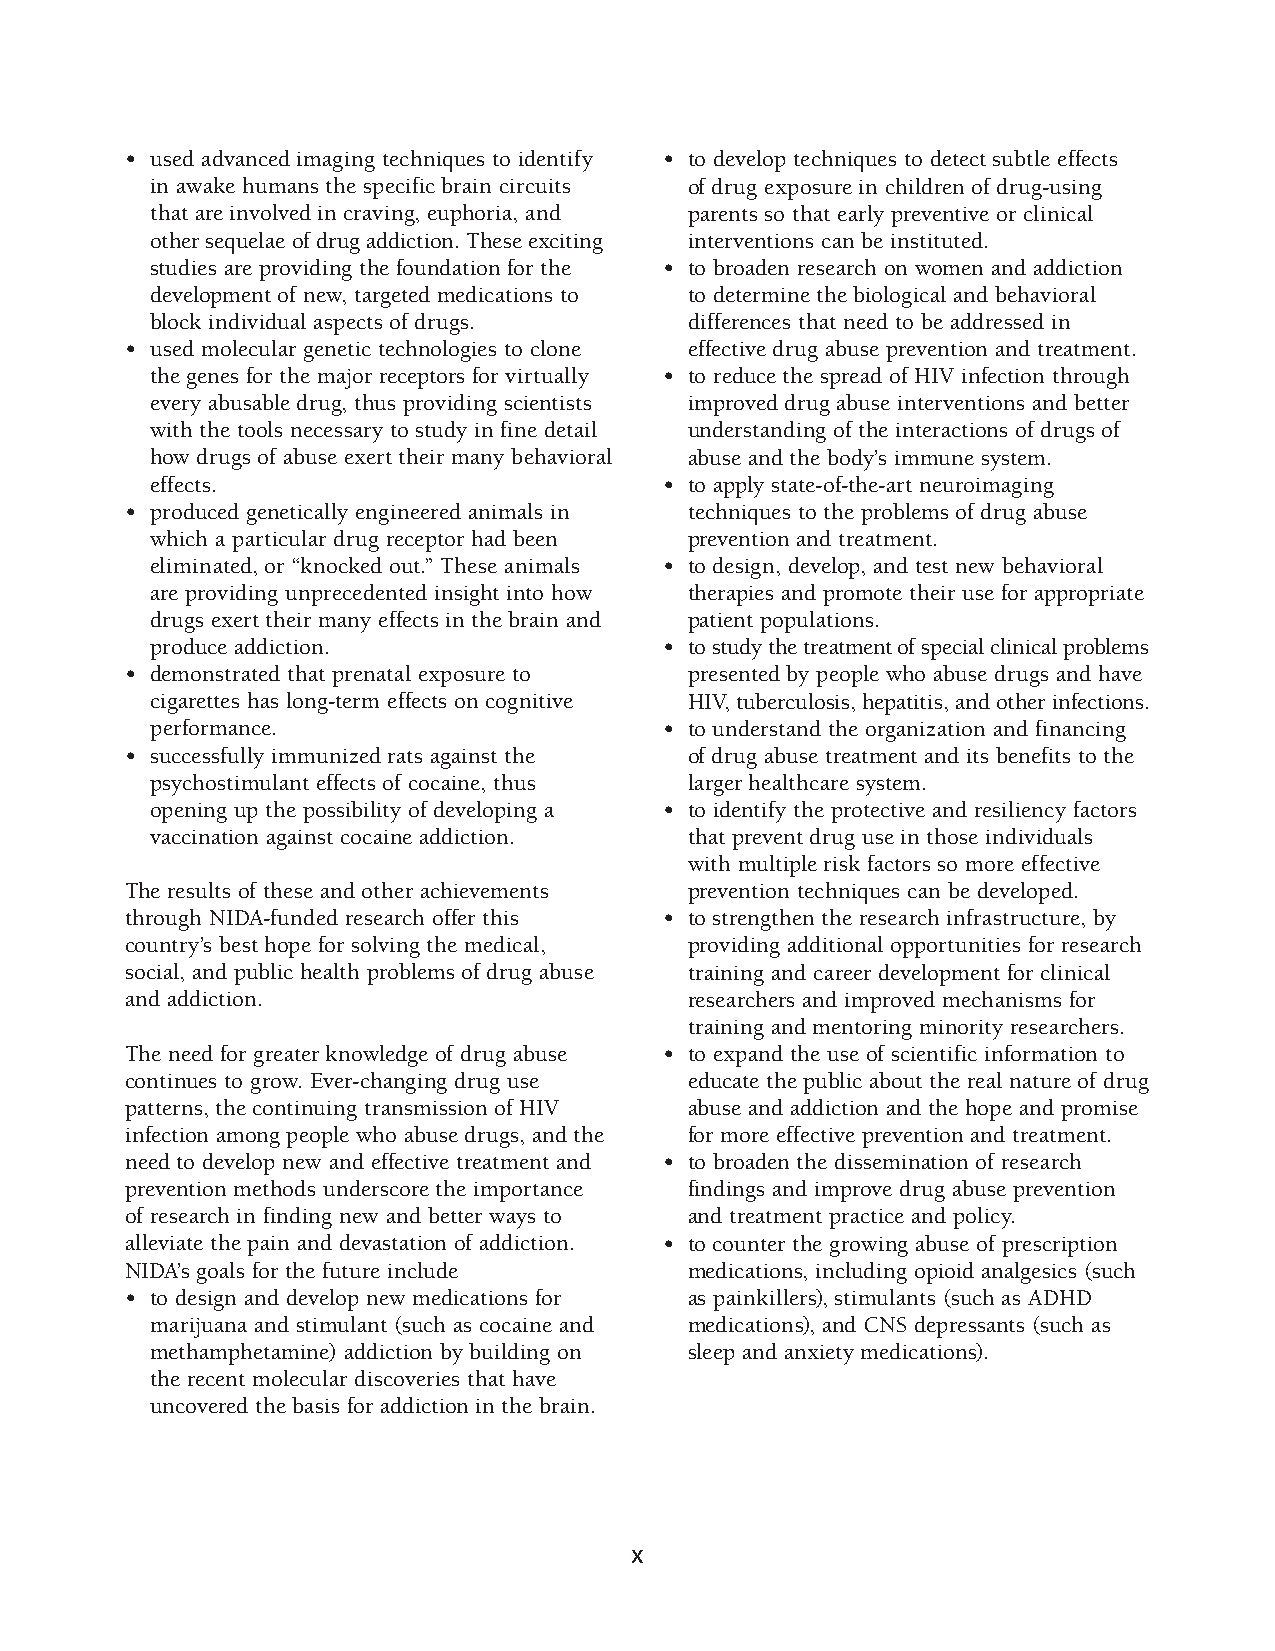
• used advanced imaging techniques to identify • to develop techniques to detect subtle effects
 in awake humans the specific brain circuits of drug exposure in children of drug-using
 that are involved in craving, euphoria, and parents so that early preventive or clinical
 other sequelae of drug addiction. These exciting interventions can be instituted.
 studies are providing the foundation for the • to broaden research on women and addiction
 development of new, targeted medications to to determine the biological and behavioral
 block individual aspects of drugs.  differences that need to be addressed in
 • used molecular genetic technologies to clone effective drug abuse prevention and treatment.
 the genes for the major receptors for virtually • to reduce the spread of HIV infection through
 every abusable drug, thus providing scientists improved drug abuse interventions and better
 with the tools necessary to study in fine detail understanding of the interactions of drugs of
 how drugs of abuse exert their many behavioral abuse and the body’s immune system.
 effects.                          • to apply state-of-the-art neuroimaging
 • produced genetically engineered animals in techniques to the problems of drug abuse
 which a particular drug receptor had been prevention and treatment.
 eliminated, or “knocked out.” These animals • to design, develop, and test new behavioral
 are providing unprecedented insight into how therapies and promote their use for appropriate
 drugs exert their many effects in the brain and patient populations.
 produce addiction.                • to study the treatment of special clinical problems
 • demonstrated that prenatal exposure to presented by people who abuse drugs and have
 cigarettes has long-term effects on cognitive HIV, tuberculosis, hepatitis, and other infections.
 performance.                      • to understand the organization and financing
 • successfully immunized rats against the of drug abuse treatment and its benefits to the
 psychostimulant effects of cocaine, thus larger healthcare system.
 opening up the possibility of developing a • to identify the protective and resiliency factors
 vaccination against cocaine addiction. that prevent drug use in those individuals
 with multiple risk factors so more effective
 The results of these and other achievements prevention techniques can be developed.
 through NIDA-funded research offer this • to strengthen the research infrastructure, by
 country’s best hope for solving the medical, providing additional opportunities for research
 social, and public health problems of drug abuse training and career development for clinical
 and addiction.                        researchers and improved mechanisms for
 training and mentoring minority researchers.
 The need for greater knowledge of drug abuse • to expand the use of scientific information to
 continues to grow. Ever-changing drug use educate the public about the real nature of drug
 patterns, the continuing transmission of HIV abuse and addiction and the hope and promise
 infection among people who abuse drugs, and the for more effective prevention and treatment.
 need to develop new and effective treatment and • to broaden the dissemination of research
 prevention methods underscore the importance findings and improve drug abuse prevention
 of research in finding new and better ways to and treatment practice and policy.
 alleviate the pain and devastation of addiction. • to counter the growing abuse of prescription
 NIDA’s goals for the future include   medications, including opioid analgesics (such
 • to design and develop new medications for as painkillers), stimulants (such as ADHD
 marijuana and stimulant (such as cocaine and medications), and CNS depressants (such as
 methamphetamine) addiction by building on sleep and anxiety medications).
 the recent molecular discoveries that have
 uncovered the basis for addiction in the brain.
 x